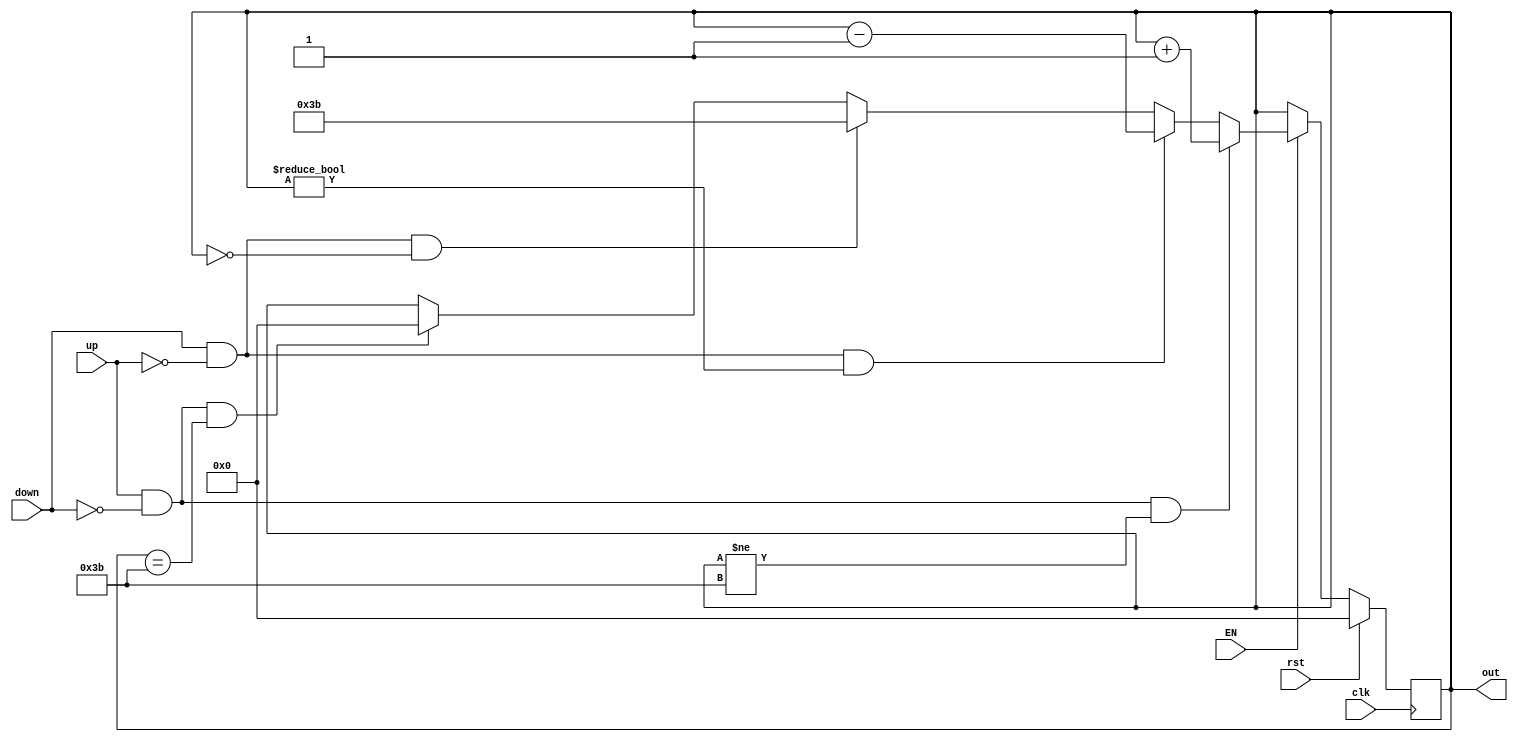
`timescale 1ns / 1ps

module Contador_0_31_timer(
    input clk,
	 input EN,
    input up,
    input down,
    input rst,
    output reg [7:0] out
    );

always@(posedge clk) begin

	if(rst)begin
		out<=0; end
	else if(EN) begin
	if(up & down==0 & out!=8'd59)begin
		out<=out+8'd1; end
	else if(down & up==0 & out!=8'd0)begin
		out<=out-8'd1; end
	else if(down & up==0 & out==8'd0)begin
		out<=8'd59; end
	else if(up & down==0 & out==8'd59)begin
		out<=8'd0; end
	end
end
endmodule